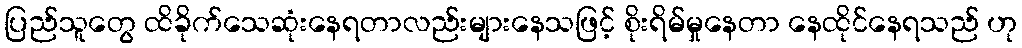
ပြည်သူတွေ ထိခိုက်သေဆုံးနေရတာလည်းများနေသဖြင့် စိုးရိမ်မှုနေတာ နေထိုင်နေရသည် ဟု